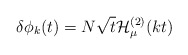
\begin{align*}\delta\phi_k(t)=N \sqrt{t} { \cal H}^{(2)}_\mu ( k t )\end{align*}